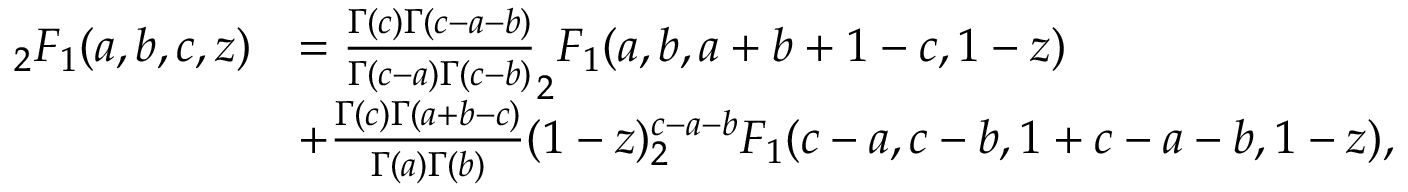
\begin{array} { r l } { _ { 2 } F _ { 1 } ( a , b , c , z ) } & { = \frac { \Gamma ( c ) \Gamma ( c - a - b ) } { \Gamma ( c - a ) \Gamma ( c - b ) } _ { 2 } F _ { 1 } ( a , b , a + b + 1 - c , 1 - z ) } \\ & { + \frac { \Gamma ( c ) \Gamma ( a + b - c ) } { \Gamma ( a ) \Gamma ( b ) } ( 1 - z ) ^ { c - a - b } _ { 2 } F _ { 1 } ( c - a , c - b , 1 + c - a - b , 1 - z ) , } \end{array}